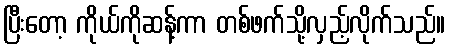
ပြီးတော့ ကိုယ်ကိုဆန့်ကာ တစ်ဖက်သို့လှည့်လိုက်သည်။